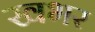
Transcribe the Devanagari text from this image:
खभर